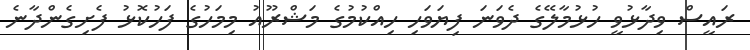
ރައީސް ވިދާޅުވީ ހުޅުމާލޭގެ ދެވަނަ ފިޔަވަހި ހިއްކުމުގެ މަޝްރޫއު މިމަހުގެ ފަހުކޮޅު ފެށިގެންދާނެ